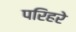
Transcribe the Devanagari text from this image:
परिहरे